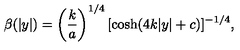
\beta ( | y | ) = \left( \frac { k } { a } \right) ^ { 1 / 4 } { [ \cosh ( 4 k | y | + c ) ] ^ { - 1 / 4 } } ,